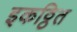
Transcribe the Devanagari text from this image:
इकठ्ठित